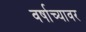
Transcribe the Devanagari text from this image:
वर्षाच्यावर